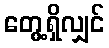
တွေ့ရှိလျှင်